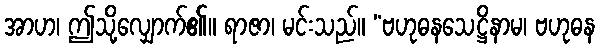
အာဟ၊ ဤသို့လျှောက်၏။ ရာဇာ၊ မင်းသည်။ “ဗဟုဓနသေဋ္ဌိနာမ၊ ဗဟုဓန